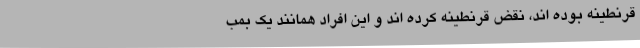
قرنطینه بوده اند، نقض قرنطینه کرده اند و این افراد همانند یک بمب